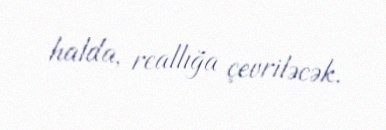
halda, reallığa çevriləcək.